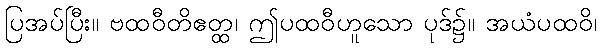
ပြအပ်ပြီး။ ဗထဝီတိဧတ္ထ၊ ဤပထဝီဟူသော ပုဒ်၌။ အယံပထဝိ၊